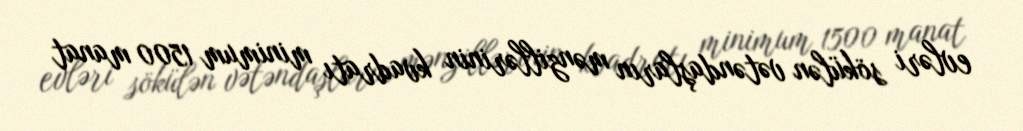
evləri sökülən vətəndaşların mənzillərinin kvadratı minimum 1500 manat